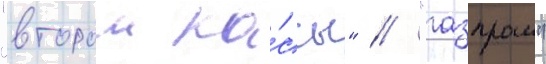
"второи ка́ссы" // "газпром"